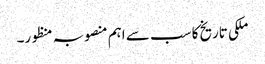
ملکی تاریخ کا سب سے اہم منصوبہ منظور۔